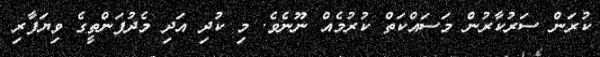
ކުރަން ސަރުކާރުން މަސައްކަތް ކުރުމެއް ނޫނެވެ. މި ކުދި އަދި މެދުފަންތީގެ ވިޔަފާރި